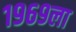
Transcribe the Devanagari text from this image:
१९६९ला